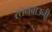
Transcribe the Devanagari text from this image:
रतनबाउनी